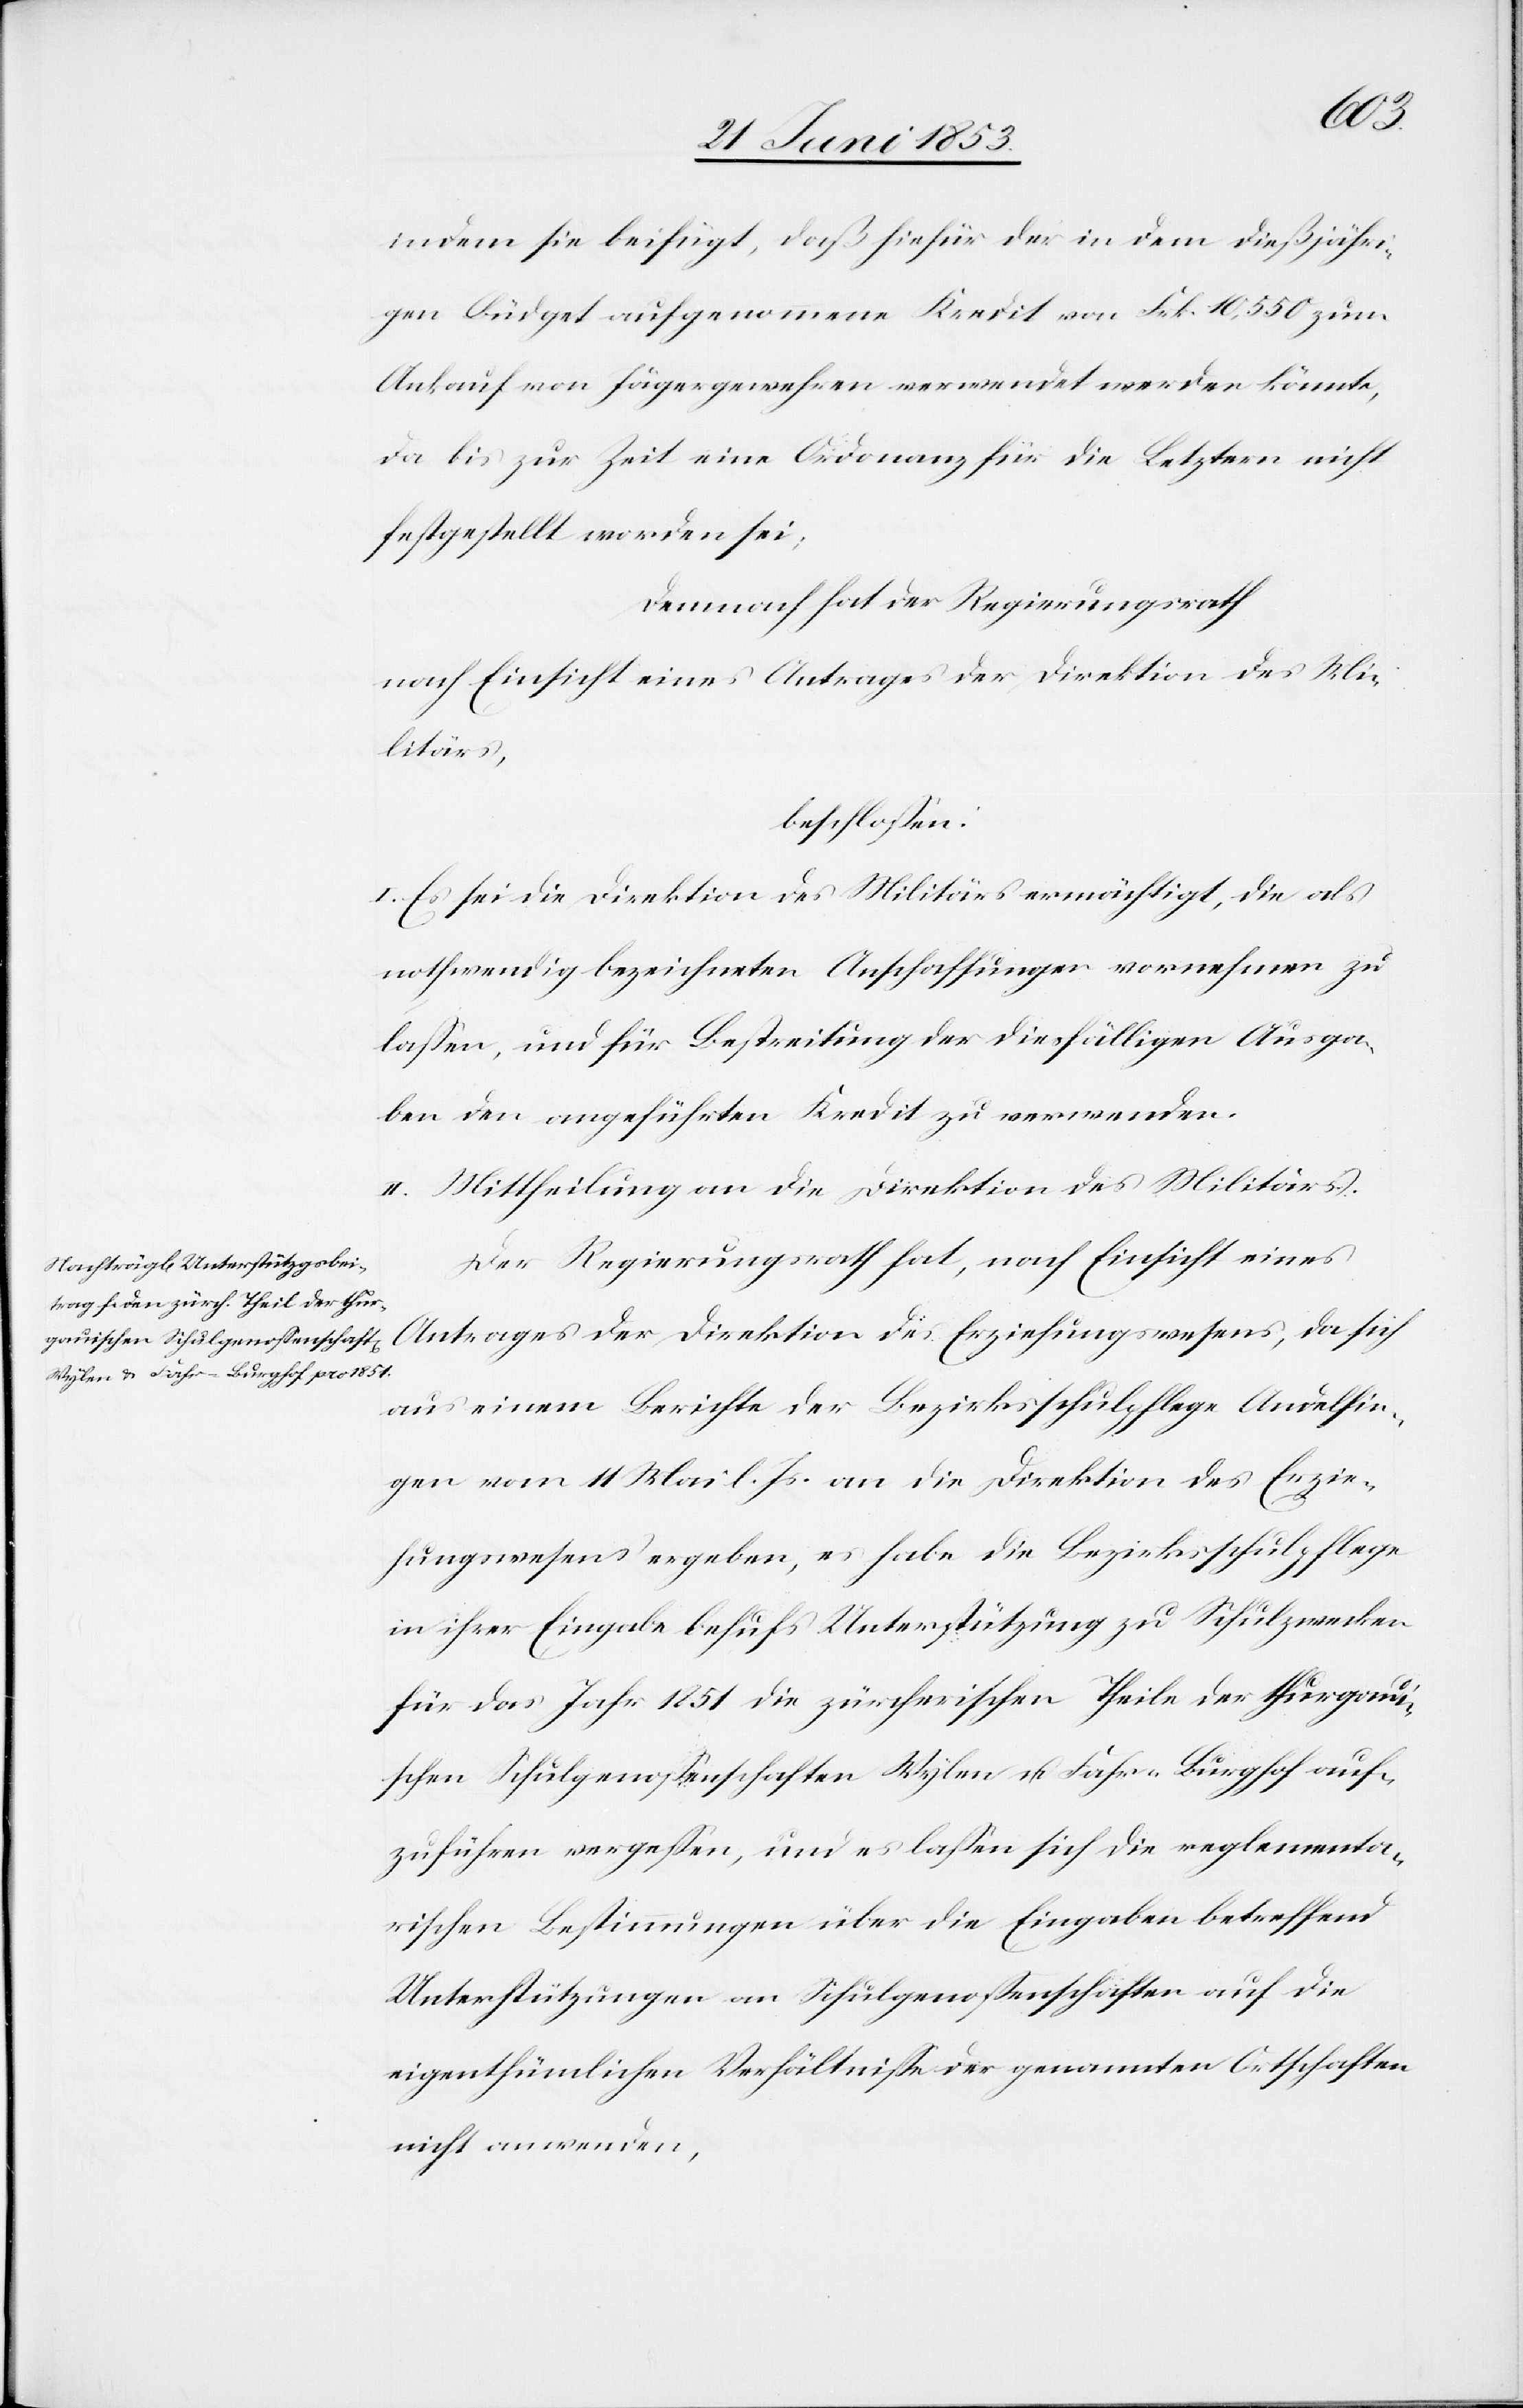
des
indem sie beifügt, daß hiefür der in dem dießjähri¬
gen Büdget aufgenommene Kredit von Frk. 10,550 zm
Ankauf von Jägergewehren verwendet werden könnte,
da bis zur Zeit eine Ordonanz für die Letztern nicht
festgestellt worden sei;
Demnach hat der Regierungsrath
nach Einsicht eines Antrages der Direktion des Mi¬
litärs,
beschloßen:
I. Es sei die Direktion des Militärs ermächtigt, die als
nothwendig bezeichneten Anschaffungen vornehmen zu
laßen, und für die Bestreitung der diesfälligen Ausga¬
ben den angeführten Kredit zu verwenden.
II. Mittheilung an die Direktion des Militärs.
Der Regierungsrath hat, nach Einsicht eines
aus einem Berichte der Bezirksschulpflege Andelfin¬
gen vom 11 Mai l. Js. an die Direktion des Erzie¬
hungswesens ergeben, es habe die Bezirksschulpflege
in ihrer Eingabe behufs Unterstützung zu Schulzwecken
für das Jahr 1851 die zürcherischen Theile der thurgaui¬
schen Schulgenoßenschaften Wylen u. Fahr-Burghof auf¬
zuführen vergeßen, und es laßen sich die reglementa¬
rischen Bestimmungen über die Eingaben betreffend
Unterstützungen an Schulgenoßenschaften auf die
eigenthümlichen Verhältniße der genannten Ortschaften
nicht anwenden,